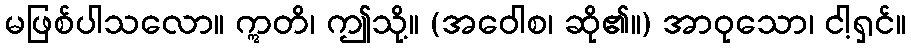
မဖြစ်ပါသလော။ ဣတိ၊ ဤသို့။ (အဝေါစ၊ ဆို၏။) အာဝုသော၊ ငါ့ရှင်။